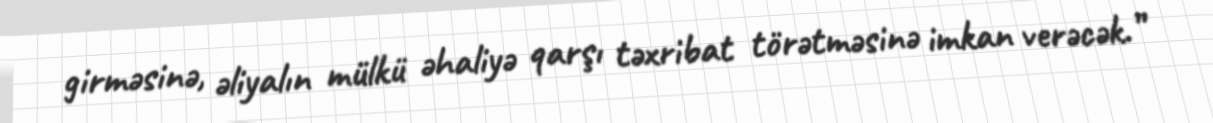
girməsinə, əliyalın mülkü əhaliyə qarşı təxribat törətməsinə imkan verəcək.”